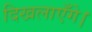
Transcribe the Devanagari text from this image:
दिखलाएँगे।